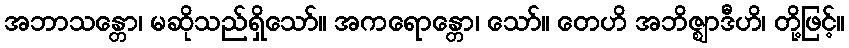
အဘာသန္တော၊ မဆိုသည်ရှိသော်။ အကရောန္တော၊ သော်။ တေဟိ အဘိဇ္ဈာဒီဟိ၊ တို့ဖြင့်။